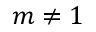
m \neq 1